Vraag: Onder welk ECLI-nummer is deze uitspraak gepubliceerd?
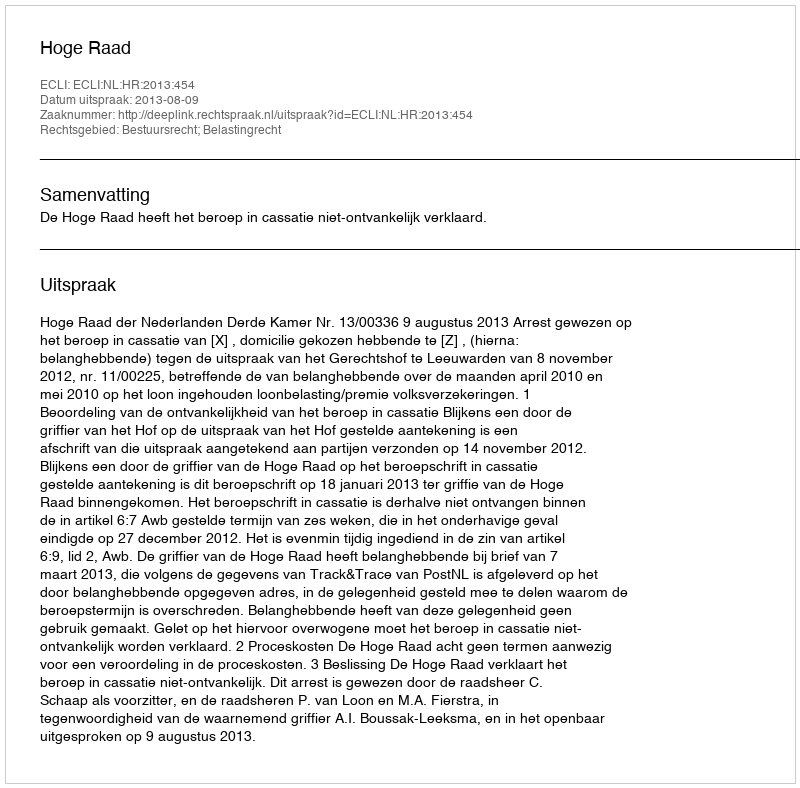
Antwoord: ECLI:NL:HR:2013:454